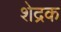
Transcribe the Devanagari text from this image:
शेद्रक